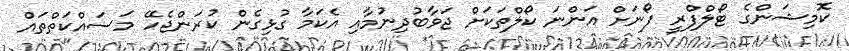
ކޮމިޝަންގެ ޓޯލްފްރީ ފޯނަށް އަންނަ ކޯލްތަކަށް ޖަވާބުދިނުމާއި އެކަމާ ގުޅިގެން ކުރަންޖެހޭ މަސައްކަތްތައް